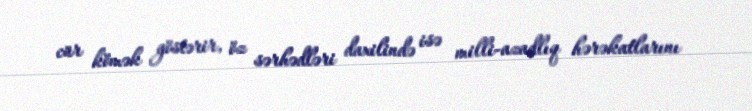
cür kömək göstərir, öz sərhədləri daxilində isə milli-azadlıq hərəkatlarını